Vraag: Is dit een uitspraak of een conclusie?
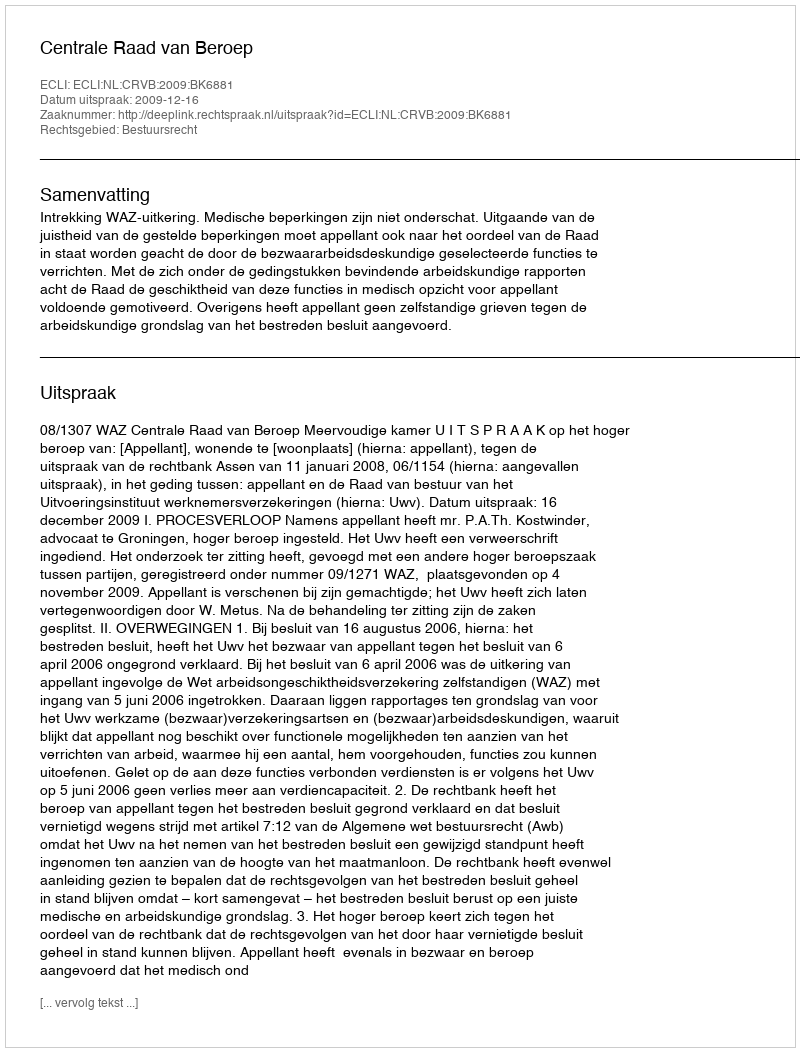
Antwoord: Uitspraak